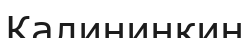
Калининкин